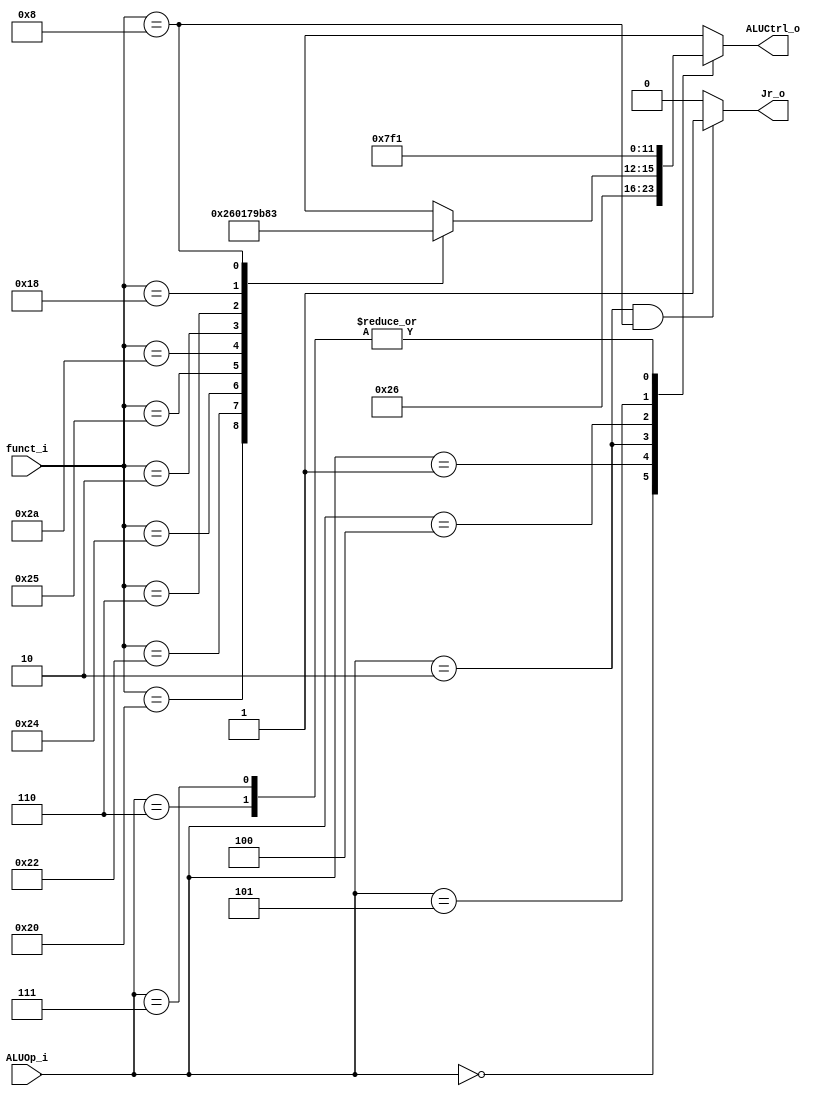
//Subject:     CO project 2 - ALU Controller
//--------------------------------------------------------------------------------
//Version:     1
//--------------------------------------------------------------------------------
//Writer:     0316056_g 0316038_@ 
//----------------------------------------------
//Date:        
//----------------------------------------------
//Description: 
//--------------------------------------------------------------------------------

module ALU_Ctrl(
          funct_i,
          ALUOp_i,
          ALUCtrl_o,
			 Jr_o
          );
          
//I/O ports 
input      [6-1:0] funct_i;
input      [3-1:0] ALUOp_i;

output     [4-1:0] ALUCtrl_o;    
output     Jr_o;     
//Internal Signals
reg        [4-1:0] ALUCtrl_o;
reg		   Jr_o;
//Parameter

       
//Select exact operation
always @ (*) begin
  case (ALUOp_i)
    3'b000: ALUCtrl_o <= 4'b0010; //add :for lw,sw,addi
    3'b001: ALUCtrl_o <= 4'b0110; //sub :for beq
    3'b010: 
      case (funct_i)//R-type
          6'b100000: ALUCtrl_o <= 4'b0010; //R-type Add
          6'b100010: ALUCtrl_o <= 4'b0110; //R-type Subtract
          6'b100100: ALUCtrl_o <= 4'b0000; //R-type AND
          6'b100101: ALUCtrl_o <= 4'b0001; //R-type OR
          6'b101010: ALUCtrl_o <= 4'b0111; //R-type slt
          6'b000010: ALUCtrl_o <= 4'b1001; // SRL
          6'b000110: ALUCtrl_o <= 4'b1011; // SRL V
			 6'b011000: ALUCtrl_o <= 4'b1000; //mult
			 6'b001000: ALUCtrl_o <= 4'b0011; //jr
          default:   ALUCtrl_o <= 4'bxxxx;
      endcase
    3'b100: ALUCtrl_o <= 4'b0111;	//slti
	 3'b101: ALUCtrl_o <= 4'b1111;		//lui
    3'b110: ALUCtrl_o <= 4'b0001;	//ori
	 3'b111: ALUCtrl_o <= 4'b0001;	//bgez
    default: ALUCtrl_o <= 4'bxxxx;
  endcase
end
always@(*)  begin
	if(ALUOp_i==3'b010 && funct_i==6'b001000)begin
		Jr_o <= 1;
	end 
	else Jr_o <= 0;
end
endmodule